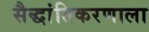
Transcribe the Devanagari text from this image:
सैद्धांतिकरणाला